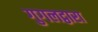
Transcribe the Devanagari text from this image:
गुगलद्वारा